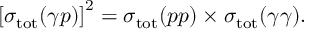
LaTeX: \left[ \sigma _ { \mathrm { t o t } } ( \gamma p ) \right] ^ { 2 } = \sigma _ { \mathrm { t o t } } ( p p ) \times \sigma _ { \mathrm { t o t } } ( \gamma \gamma ) .